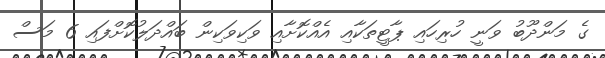
ގެ މަންދޫބު ވަނީ ހުރިހައި ޕާޓީތަކާއި އެއްކޮށާއި ވަކިވަކިން ބައްދަލުކޮށްފައި 6 މަސް